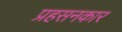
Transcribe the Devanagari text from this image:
प्रहसनकार